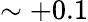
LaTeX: \sim+0.1